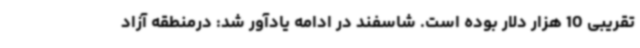
تقریبی 10 هزار دلار بوده است. شاسفند در ادامه یادآور شد: درمنطقه آزاد